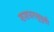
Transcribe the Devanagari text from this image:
शशधरसुमुखी